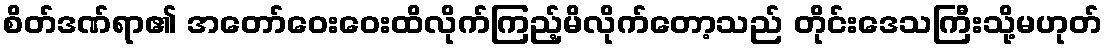
စိတ်ဒဏ်ရာ၏ အတော်ဝေးဝေးထိလိုက်ကြည့်မိလိုက်တော့သည် တိုင်းဒေသကြီးသို့မဟုတ်